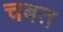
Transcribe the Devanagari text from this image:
चबत